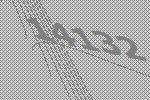
14132